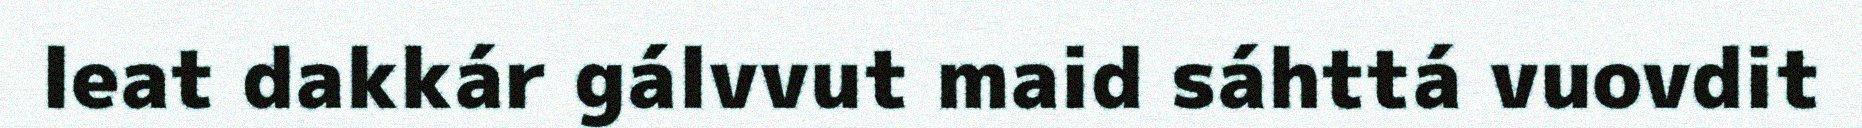
leat dakkár gálvvut maid sáhttá vuovdit